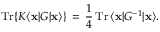
\mathrm { T r } \{ K \langle { \bf x } | G | { \bf x } \rangle \} \, = \, \frac { 1 } { 4 } \, \mathrm { T r } \, { \langle { \bf x } | G ^ { - 1 } | { \bf x } \rangle } .